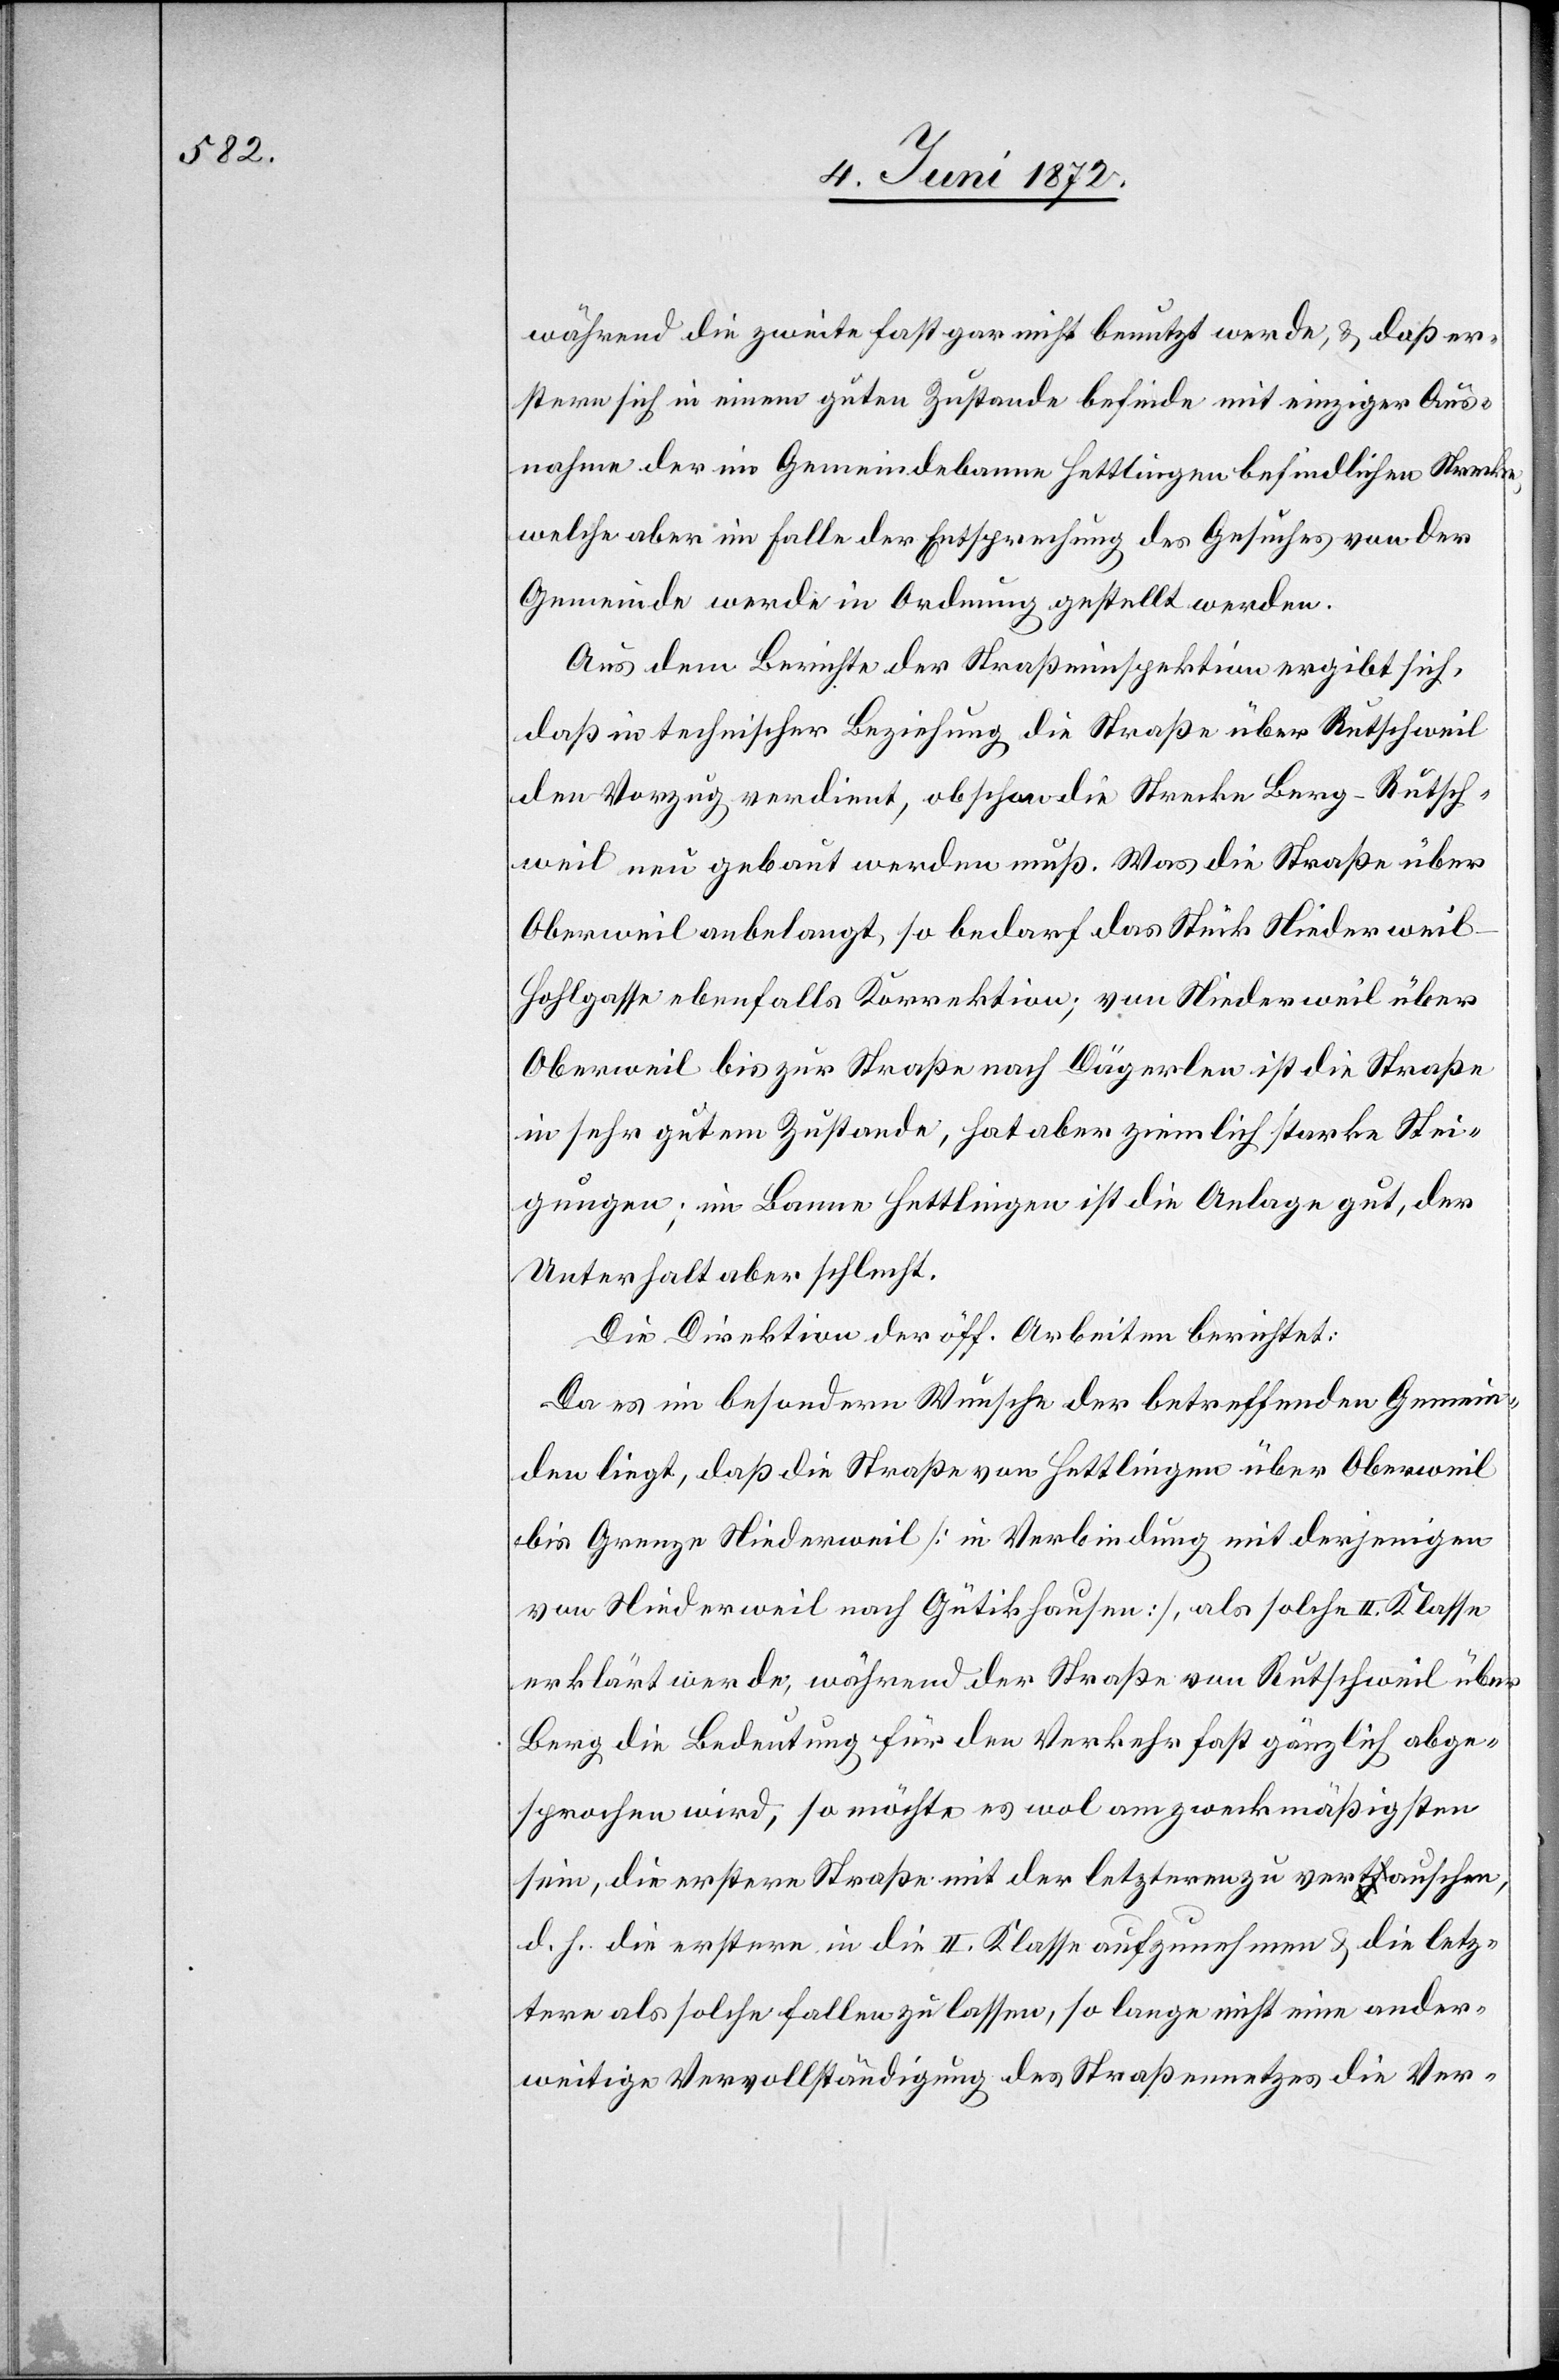
während die zweite fast gar nicht benutzt werde, u. daß er¬
stere sich in einem guten Zustande befinde mit einziger Aus¬
nahme der im Gemeindebanne Hettlingen befindlichen Strecke
welche aber im Falle der Entsprechung des Gesuches von der
Gemeinde werde in Ordnung gestellt werden.
Aus dem Berichte der Straßeninspektion ergibt sich,
daß in technischer Beziehung die Straße über Rutschweil
den Vorzug verdient, obschon die Strecke Berg–Rutsch¬
weil neu gebaut werden muß. Was die Straße über
Oberweil anbelangt, so bedarf das Stück Niederweil–H¬
ohlgasse ebenfalls Korrektion; von Niederweil über
Oberweil bis zur Straße nach Dägerlen ist die Straße
in sehr gutem Zustande, hat aber ziemlich starke Stei¬
gungen; im Banne Hettlingen ist die Anlage gut, der
Unterhalt aber schlecht.
Die Direktion der öff. Arbeiten berichtet:
Da es im besondern Wunsch der betreffenden Gemein¬
den liegt, daß die Straße von Hettlingen über Oberweil
bis Grenze Niederweil [in Verbindung mit derjenigen
von Niederweil nach Gütikhausen], als solche II. Klasse
erklärt werde, während der Straße von Rutschweil über
Berg die Bedeutung für den Verkehr fast gänzlich abge¬
sprochen wird, so möchte es wol am zweckmäßigsten
sein, die erstere Straße mit der letzteren zu vertauschen,
d. h. die erstere in die II. Klasse aufzunehmen u. die letz¬
tere als solche fallen zu lassen, so lange nicht eine ander¬
weitige Vervollständigung des Straßennetzes die Ver-